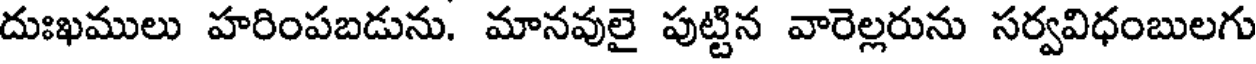
దుఃఖములు హరింపబడును. మానవులై పుట్టిన వారెల్లరును సర్వవిధంబులగు